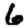
Digit: 6